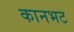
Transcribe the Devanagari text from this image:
कानभट